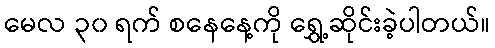
မေလ ၃၀ ရက် စနေနေ့ကို ရွှေ့ဆိုင်းခဲ့ပါတယ်။